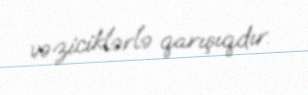
vəziciklərlə qarışıqdır.